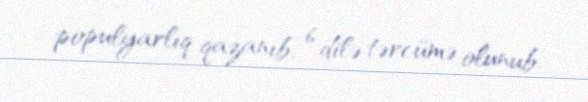
populyarlıq qazanıb, 6 dilə tərcümə olunub.